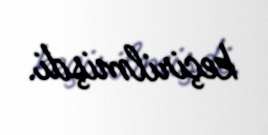
keçirilmişdi.